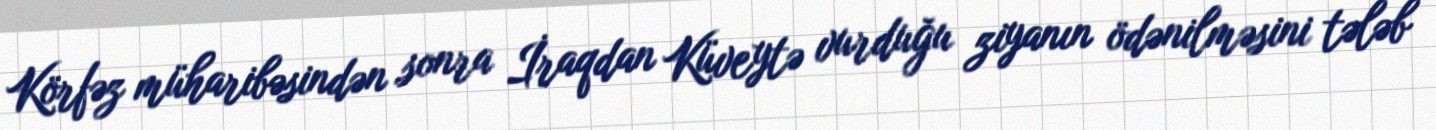
Körfəz müharibəsindən sonra İraqdan Küveytə vurduğu ziyanın ödənilməsini tələb